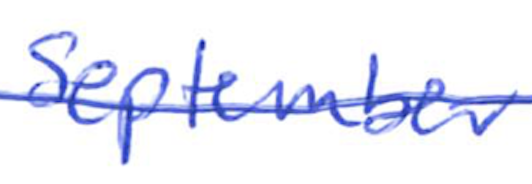
Text: September
Cross-out: mix
Writing tool: ballpoint